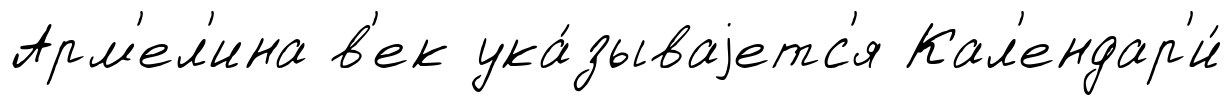
Арм'ел'ина в'ек ука́зываjетс'я Кал'ендар'и́